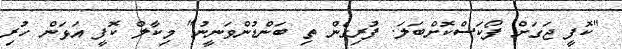
"ކޮފީ ޖަގަށް ފޯކަސްކޮށްބަލަ. ފުރިގެން ތި ބަންޑުންވަނީނު" މިކާލް ކޮފީ އަޅަން ހުރި